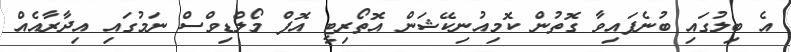
އެ ބިލުގައި ބުނެފައިވާ ގޮތުން ކޮމިއުނިކޭޝަން އޮތޯރިޓީ އޮފް މޯލްޑިވްސް ނަމުގައި އިދާރާއެއް